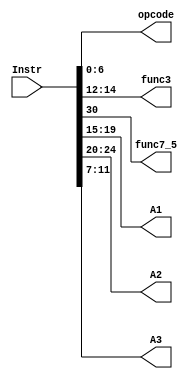
`timescale 1ns/1ns

module DecodeUnit (
    input [31:0] Instr,
    output reg [6:0] opcode,
    output reg  [2:0] func3,
    output reg func7_5,
    output reg [4:0] A1,A2,A3 
);
    always @(*) begin
        opcode <= Instr[6:0];
        func3 <= Instr[14:12];
        func7_5 <= Instr[30];
        A1 <= Instr[19:15];
        A2 <= Instr[24:20];
        A3 <= Instr[11:7];
    end
endmodule